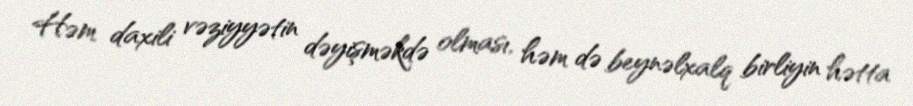
Həm daxili vəziyyətin dəyişməkdə olması, həm də beynəlxalq birliyin hətta